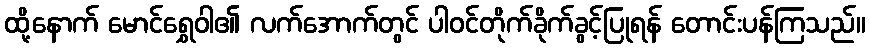
ထို့နောက် မောင်ရွှေဝါ၏ လက်အောက်တွင် ပါဝင်တိုက်ခိုက်ခွင့်ပြုရန် တောင်းပန်ကြသည်။